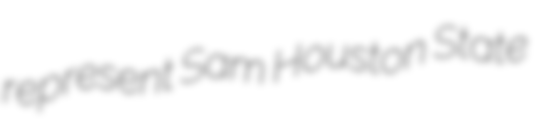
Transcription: represent Sam Houston State